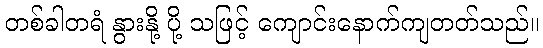
တစ်ခါတရံ နွားနို့ ပို့ သဖြင့် ကျောင်းနောက်ကျတတ်သည်။